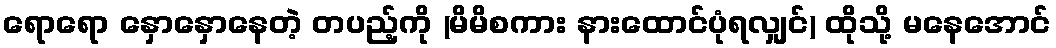
ရောရော နှောနှောနေတဲ့ တပည့်ကို (မိမိစကား နားထောင်ပုံရလျှင်) ထိုသို့ မနေအောင်